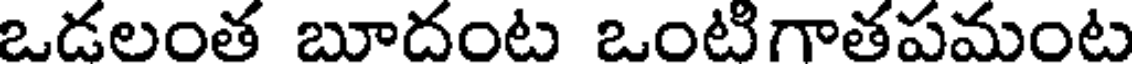
ఒడలంత బూదంట ఒంటిగాతపమంట